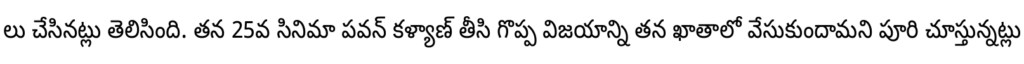
లు చేసినట్లు తెలిసింది. తన 25వ సినిమా పవన్ కళ్యాణ్ తీసి గొప్ప విజయాన్ని తన ఖాతాలో వేసుకుందామని పూరి చూస్తున్నట్లు